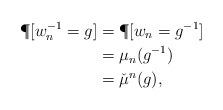
LaTeX: \begin{align*}\P[w_n^{-1} = g ] &= \P[w_n = g^{-1} ] \\&= \mu_n(g^{-1}) \\&= \check{\mu}^n(g),\end{align*}